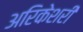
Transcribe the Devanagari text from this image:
अरिकेशरी